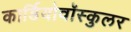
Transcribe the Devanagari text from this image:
कार्डियोवॉस्कुलर